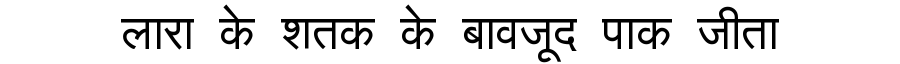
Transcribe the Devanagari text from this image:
लारा के शतक के बावजूद पाक जीता